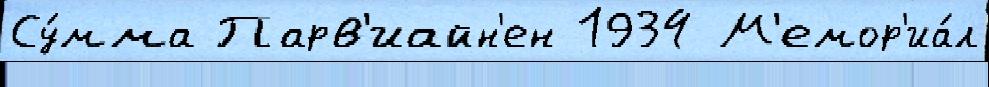
Су́мма Парв'иайн'ен 1934 М'емор'иа́л